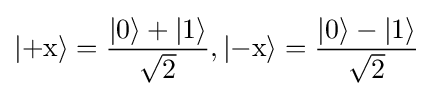
|\mathrm {+x} \rangle ={\frac {|0\rangle +|1\rangle }{\sqrt {2}}},|\mathrm {-x} \rangle ={\frac {|0\rangle -|1\rangle }{\sqrt {2}}}